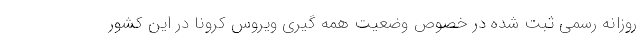
روزانه رسمی ثبت شده در خصوص وضعیت همه گیری ویروس کرونا در این کشور